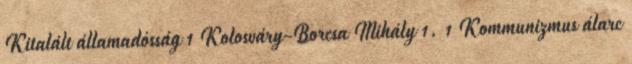
Kitalált államadósság 1 Kolosváry-Borcsa Mihály 1. 1 Kommunizmus álarc